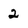
Character: 2